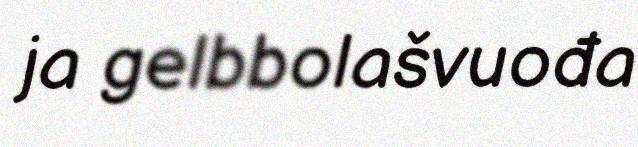
ja gelbbolašvuođa